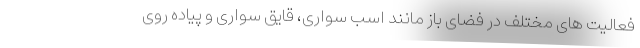
فعالیت های مختلف در فضای باز مانند اسب سواری، قایق سواری و پیاده روی